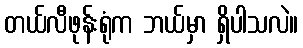
တယ်လီဖုန်းရုံက ဘယ်မှာ ရှိပါသလဲ။